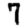
Digit: 7